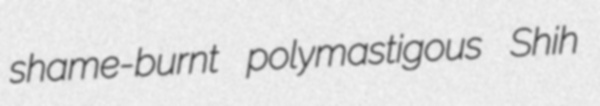
shame-burnt polymastigous Shih